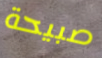
صبيحة